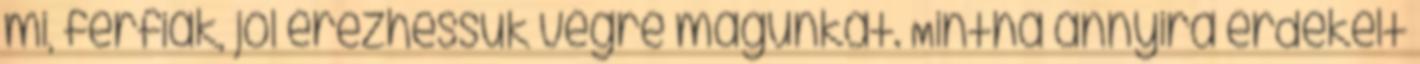
mi, férfiak, jól érezhessük végre magunkat. Mintha annyira érdekelt